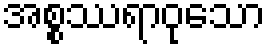
အစ္စဿရာဝုသော